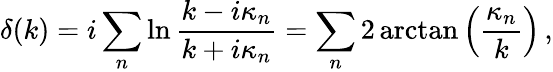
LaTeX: \delta(k)=i\sum_{n}\ln\frac{k-i\kappa_{n}}{k+i\kappa_{n}}=\sum_{n}2\arctan\left(\frac{\kappa_{n}}k\right)\, ,